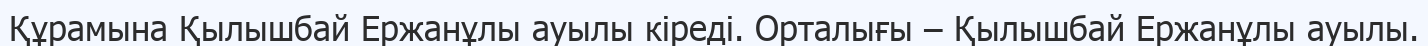
Құрамына Қылышбай Ержанұлы ауылы кіреді. Орталығы – Қылышбай Ержанұлы ауылы.